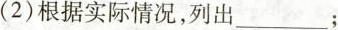
(2)根据实际情况，列出___;